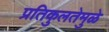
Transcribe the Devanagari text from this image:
प्रतिकुलतेमुळे